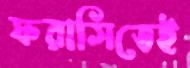
ফরাসিতেই